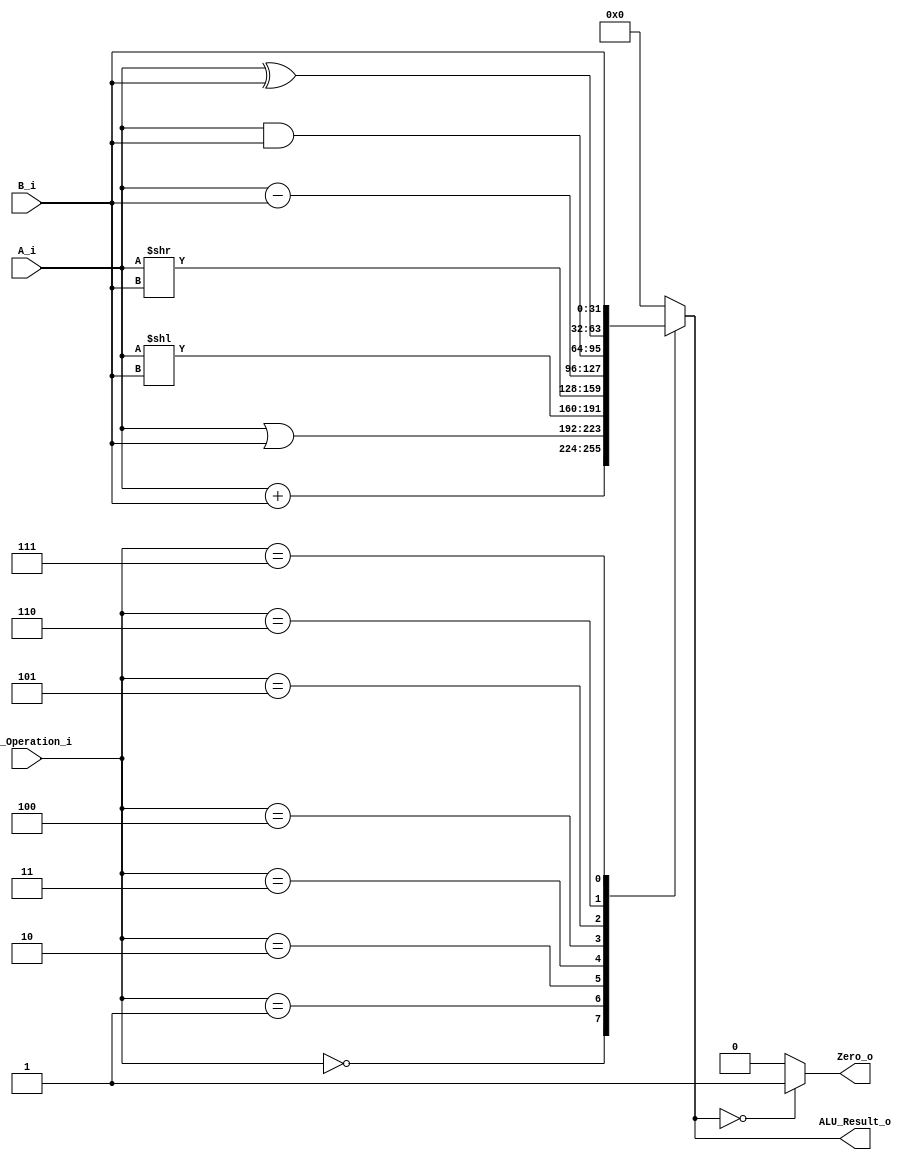
/******************************************************************
* Description
*	This is an 32-bit arithetic logic unit that can execute the next set of operations:
*		add

* This ALU is written by using behavioral description.
* Version:
*	1.0
* Author:
*	Dr. Jos Luis Pizano Escalante
* email:
*	luispizano@iteso.mx
* Date:
*	16/08/2021
******************************************************************/

module ALU 
(
	input [3:0] ALU_Operation_i,
	input signed [31:0] A_i,
	input signed [31:0] B_i,
	output reg Zero_o,
	output reg [31:0] ALU_Result_o
);

localparam ADD = 4'b0000;//0
localparam OR  = 4'b0001;//1
localparam SLL= 4'b0010;//2
localparam SRL= 4'b0011;//3
localparam SUB = 4'b0100;//4
localparam AND = 4'b0101;//5
localparam XOR = 4'b0110;//6
localparam EQU = 4'b0111;//7
   
   always @ (A_i or B_i or ALU_Operation_i)
     begin
		case (ALU_Operation_i)
		ADD: //add
			ALU_Result_o = A_i + B_i;
		OR:	//or
			ALU_Result_o = A_i | B_i;
		SLL: //slli
			ALU_Result_o = A_i << B_i;
		SRL: //srli
			ALU_Result_o = A_i >> B_i;	
		SUB:	//sub
			ALU_Result_o = A_i - B_i;
		AND: //and
			ALU_Result_o = A_i & B_i;
		XOR: //xor
			ALU_Result_o = A_i ^ B_i;
		EQU: //equal
			ALU_Result_o = B_i;
			
		
	
		default:
			ALU_Result_o = 0;
		endcase // case(control)
		
		Zero_o = (ALU_Result_o == 0) ? 1'b1 : 1'b0;
		
     end // always @ (A or B or control)
endmodule // ALU